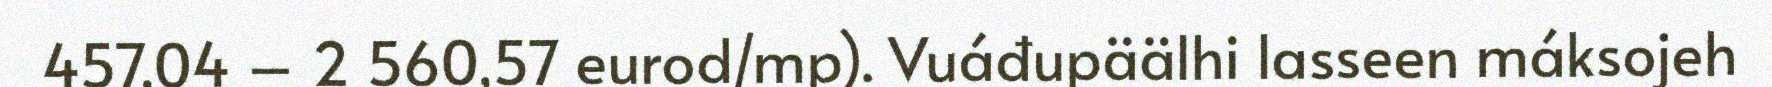
457,04 – 2 560,57 eurod/mp). Vuáđupäälhi lasseen máksojeh